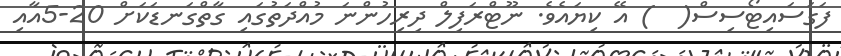
ފަގަސައިޓޯސިސް(  ) އޭ ކިޔައެވެ. ނޫޓްރަފިލް ދިރިހުންނަ މުއްދަތުގައި ގާތްގަނޑަކަށް 20-5އާއި